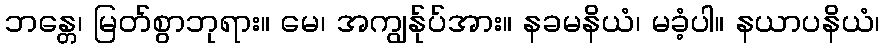
ဘန္တေ၊ မြတ်စွာဘုရား။ မေ၊ အကျွန်ုပ်အား။ နခမနိယံ၊ မခံ့ပါ။ နယာပနိယံ၊